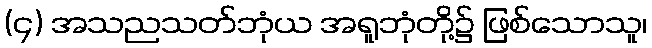
(၄) အသညသတ်ဘုံယ အရူဘုံတို့၌ ဖြစ်သောသူ၊